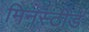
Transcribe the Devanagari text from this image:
मिनस्टीड